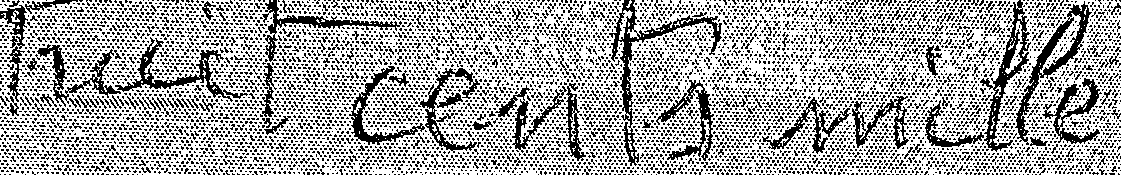
huit cents mille